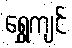
ရွှေကျင်